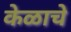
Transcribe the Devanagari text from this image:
केळाचे